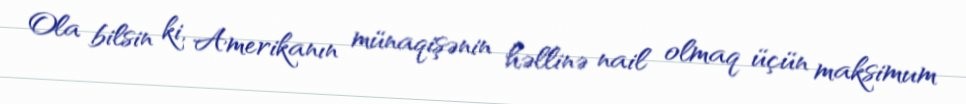
Ola bilsin ki, Amerikanın münaqişənin həllinə nail olmaq üçün maksimum